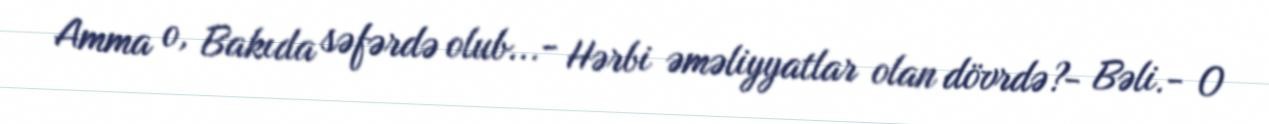
Amma o, Bakıda səfərdə olub...- Hərbi əməliyyatlar olan dövrdə?- Bəli.- O